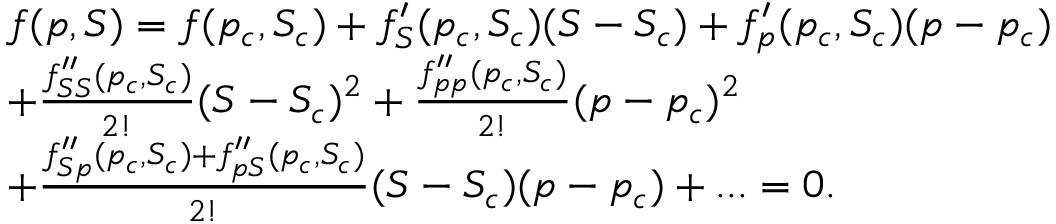
\begin{array} { r l } & { f ( p , S ) = f ( p _ { c } , S _ { c } ) + f _ { S } ^ { \prime } ( p _ { c } , S _ { c } ) ( S - S _ { c } ) + f _ { p } ^ { \prime } ( p _ { c } , S _ { c } ) ( p - p _ { c } ) } \\ & { + \frac { f _ { S S } ^ { \prime \prime } ( p _ { c } , S _ { c } ) } { 2 ! } ( S - S _ { c } ) ^ { 2 } + \frac { f _ { p p } ^ { \prime \prime } ( p _ { c } , S _ { c } ) } { 2 ! } ( p - p _ { c } ) ^ { 2 } } \\ & { + \frac { f _ { S p } ^ { \prime \prime } ( p _ { c } , S _ { c } ) + f _ { p S } ^ { \prime \prime } ( p _ { c } , S _ { c } ) } { 2 ! } ( S - S _ { c } ) ( p - p _ { c } ) + . . . = 0 . } \end{array}